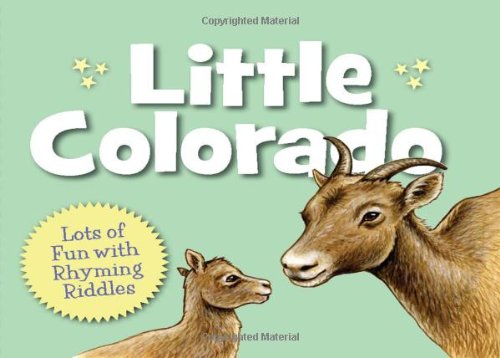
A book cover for Little Colorado (Little State); Denise Brennan-Nelson; Children's Books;